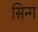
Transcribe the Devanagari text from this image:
सिन्ग